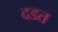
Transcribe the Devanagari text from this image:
दडत